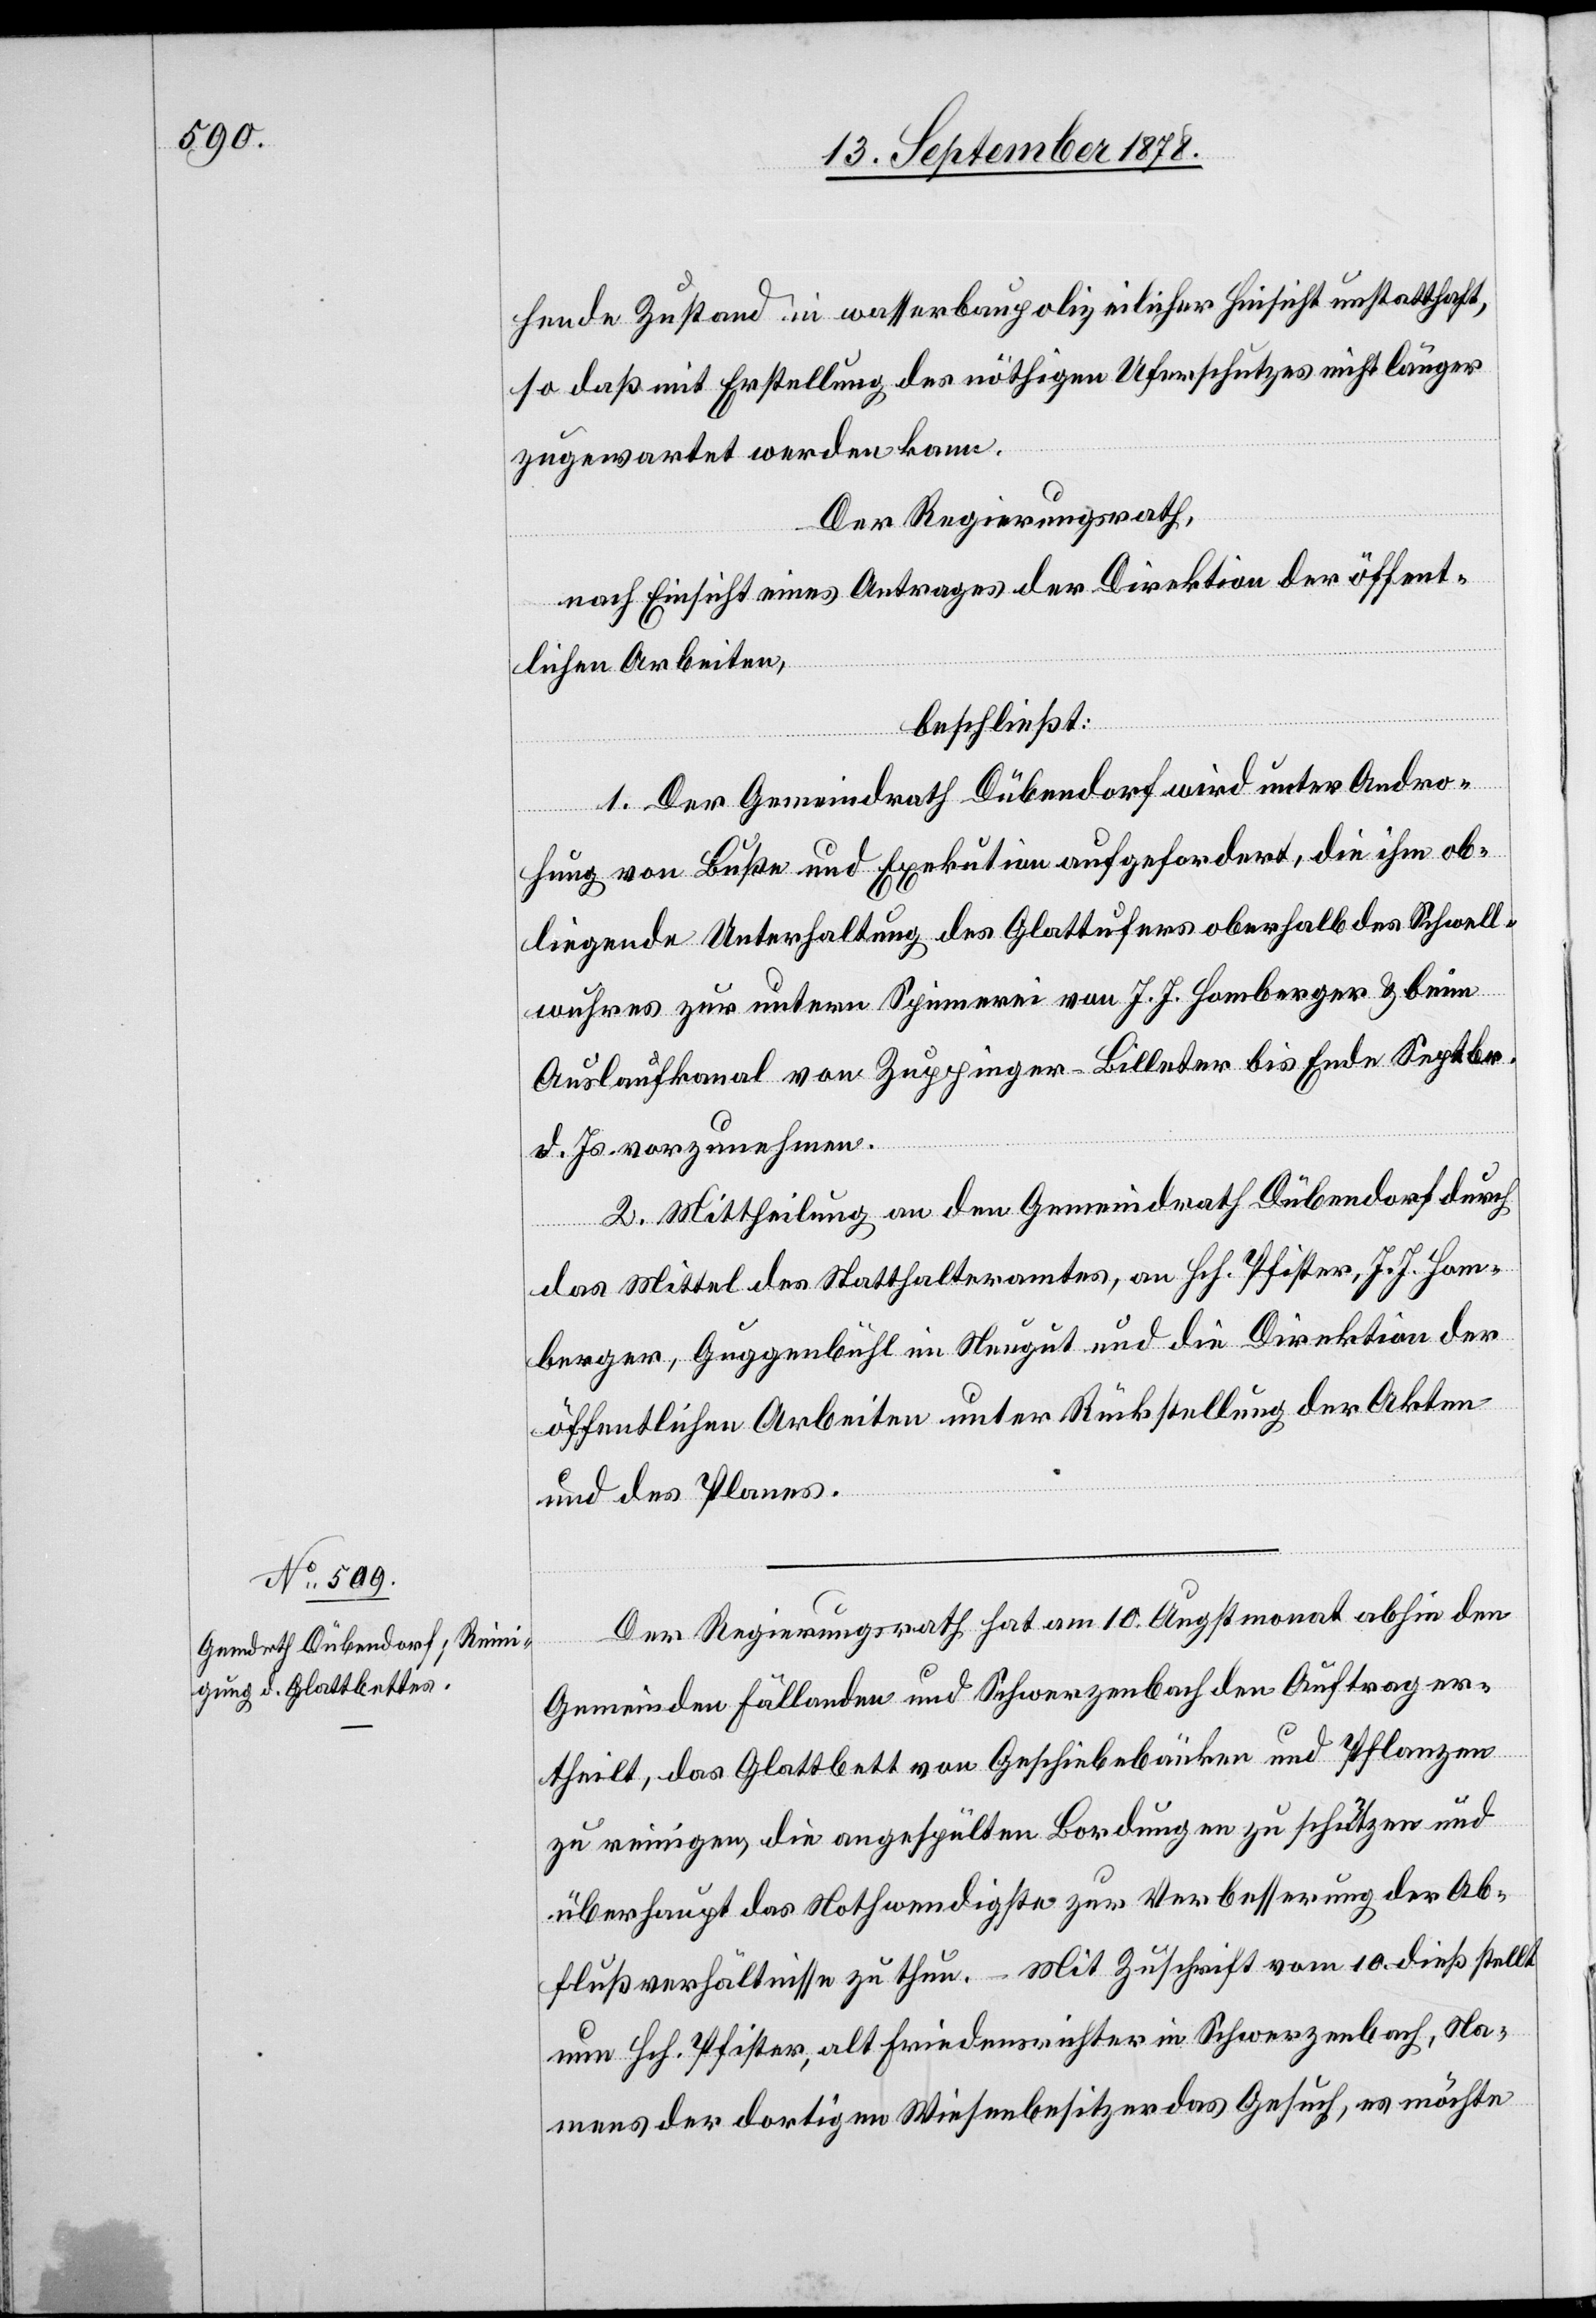
hende Zustand in wasserbaupolizeilicher Hinsicht unstatthaft,
so daß mit Erstellung der nöthigen Uferschutzes nicht länger
zugewartet werden kann.
Der Regierungsrath,
nach Einsicht eines Antrages der Direktion der öffent¬
lichen Arbeiten,
beschließt:
1. Der Gemeindrath Dübendorf wird unter Andro¬
hung von Buße und Exekution aufgefordert, die ihm ob¬
liegende Unterhaltung des Glattufers oberhalb des Schwell¬
wuhres zur untern Spinnerei von J. J. Homberger & beim
Auslaufkanal von Zuppinger-Billeter bis Ende Septbr.
d. Js. vorzunehmen.
2. Mittheilung an den Gemeindrath Dübendorf durch
das Mittel des Statthalteramtes, an Hch. Pfister, J. J. Ho¬
berger, Guggenbühl im Neugut und die Direktion der
öffentlichen Arbeiten unter Rückstellung der Akten
und des Planes.
Der Regierungsrath hat am 10. Augstmonat abhin den
Gemeinden Fällanden und Schwerzenbach den Auftrag er¬
theilt, das Glattbett von Geschiebebänken und Pflanzen
zu reinigen, die angespülten Bordungen zu schützen und
überhaupt das Nothwendigste zur Verbesserung der Ab¬
flußverhältnisse zu thun. Mit Zuschrift vom 10. dieß stellt
nun Hch. Pfister, alt Friedensrichter in Schwerzenbach, Na¬
mens der dortigen Wiesenbesitzer das Gesuch, es möchte